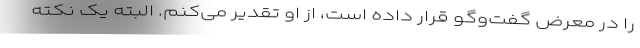
را در معرض گفت‌وگو قرار داده است، از او تقدیر می‌کنم. البته یک نکته